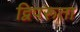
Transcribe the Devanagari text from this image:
द्विपरूता